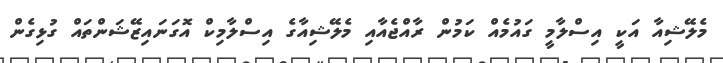
މެލޭޝިއާ އަކީ އިސްލާމީ ގައުމެއް ކަމުން ރާއްޖެއާއި މެލޭޝިއާގެ އިސްލާމިކް އޮގަނައިޒޭޝަންތައް ގުޅިގެން